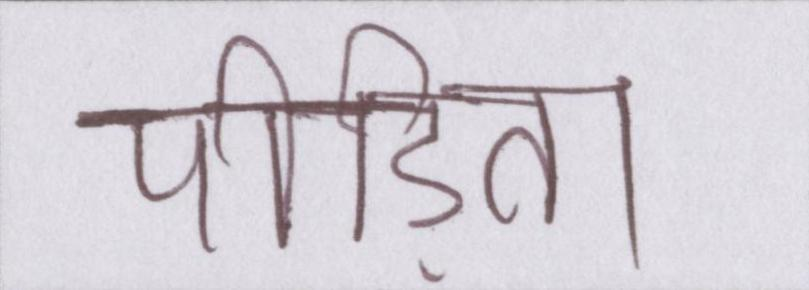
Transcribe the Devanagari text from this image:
पीड़िता